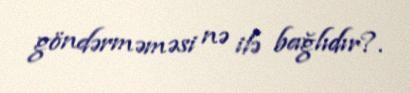
göndərməməsi nə ilə bağlıdır?.